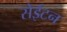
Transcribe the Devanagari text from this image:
सेईटन